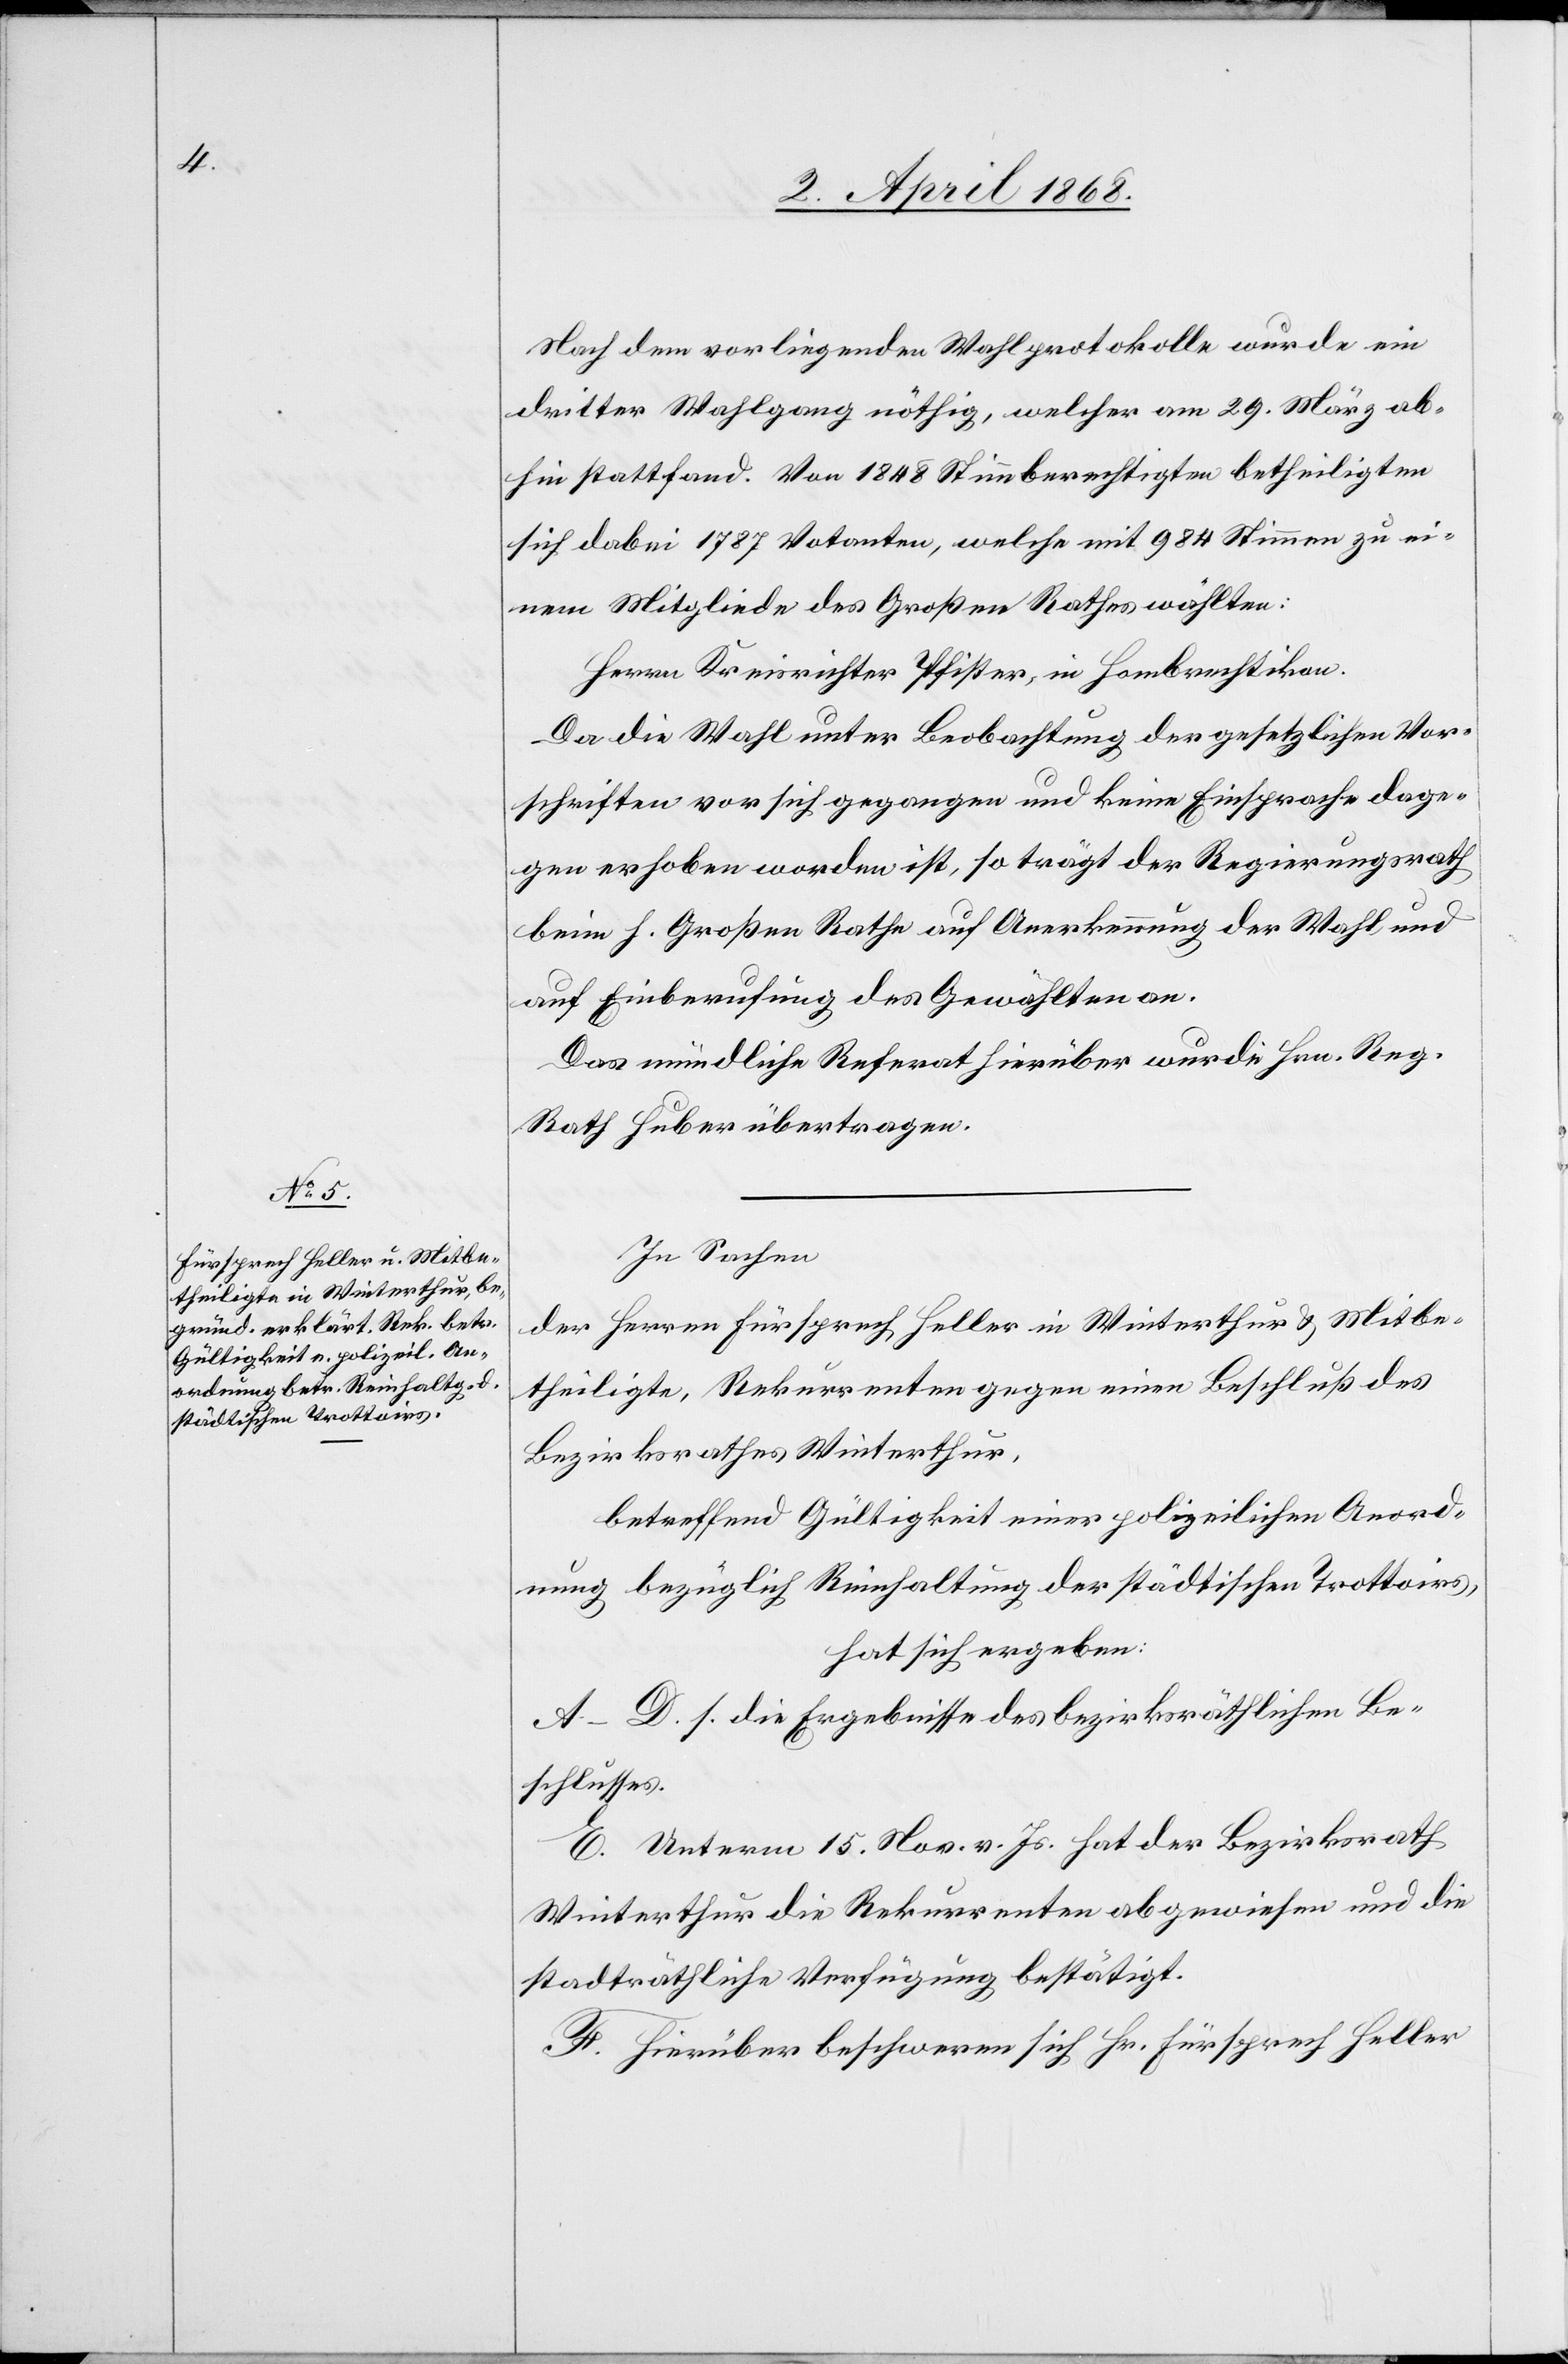
Nach dem vorliegenden Wahlprotokolle wurde ein
dritter Wahlgang nöthig, welcher am 29. März ab¬
hin stattfand. Von 1848 Stimmberechtigten betheiligten
sich dabei 1787 Votanten, welche mit 984 Stimmen zu ei¬
nem Mitgliede des Großen Rathes wählten:
Herrn Kreisrichter Pfister, in Hombrechtikon.
Da die Wahl unter Beobachtung der gesetzlichen Vor¬
schriften vor sich gegangen und keine Einsprache dage¬
gen erhoben worden ist, so trägt der Regierungsrath
beim h. Großen Rathe auf Anerkennung der Wahl und
auf Einberufung des Gewählten an.
Das mündliche Referat hierüber wurde Hrn. Reg.
Rath Huber übertragen.
In Sachen
der Herren Fürsprech Heller in Winterthur & Mitbe¬
theiligte, Rekurrenten gegen einen Beschluß des
Bezirksrathes Winterthur,
betreffend Gültigkeit einer polizeilichen Anord¬
nung bezüglich Reinhaltung der städtischen Trottoirs,
hat sich ergeben:
A–D. s. die Ergebnisse des bezirksräthlichen Be¬
schlusses.
E. Unterm 15. Nov. v. Js. hat der Bezirksrath
Winterthur die Rekurrenten abgewiesen und die
stadträthliche Verfügung bestätigt.
F. Hierüber beschweren sich Hr. Fürsprech Heller